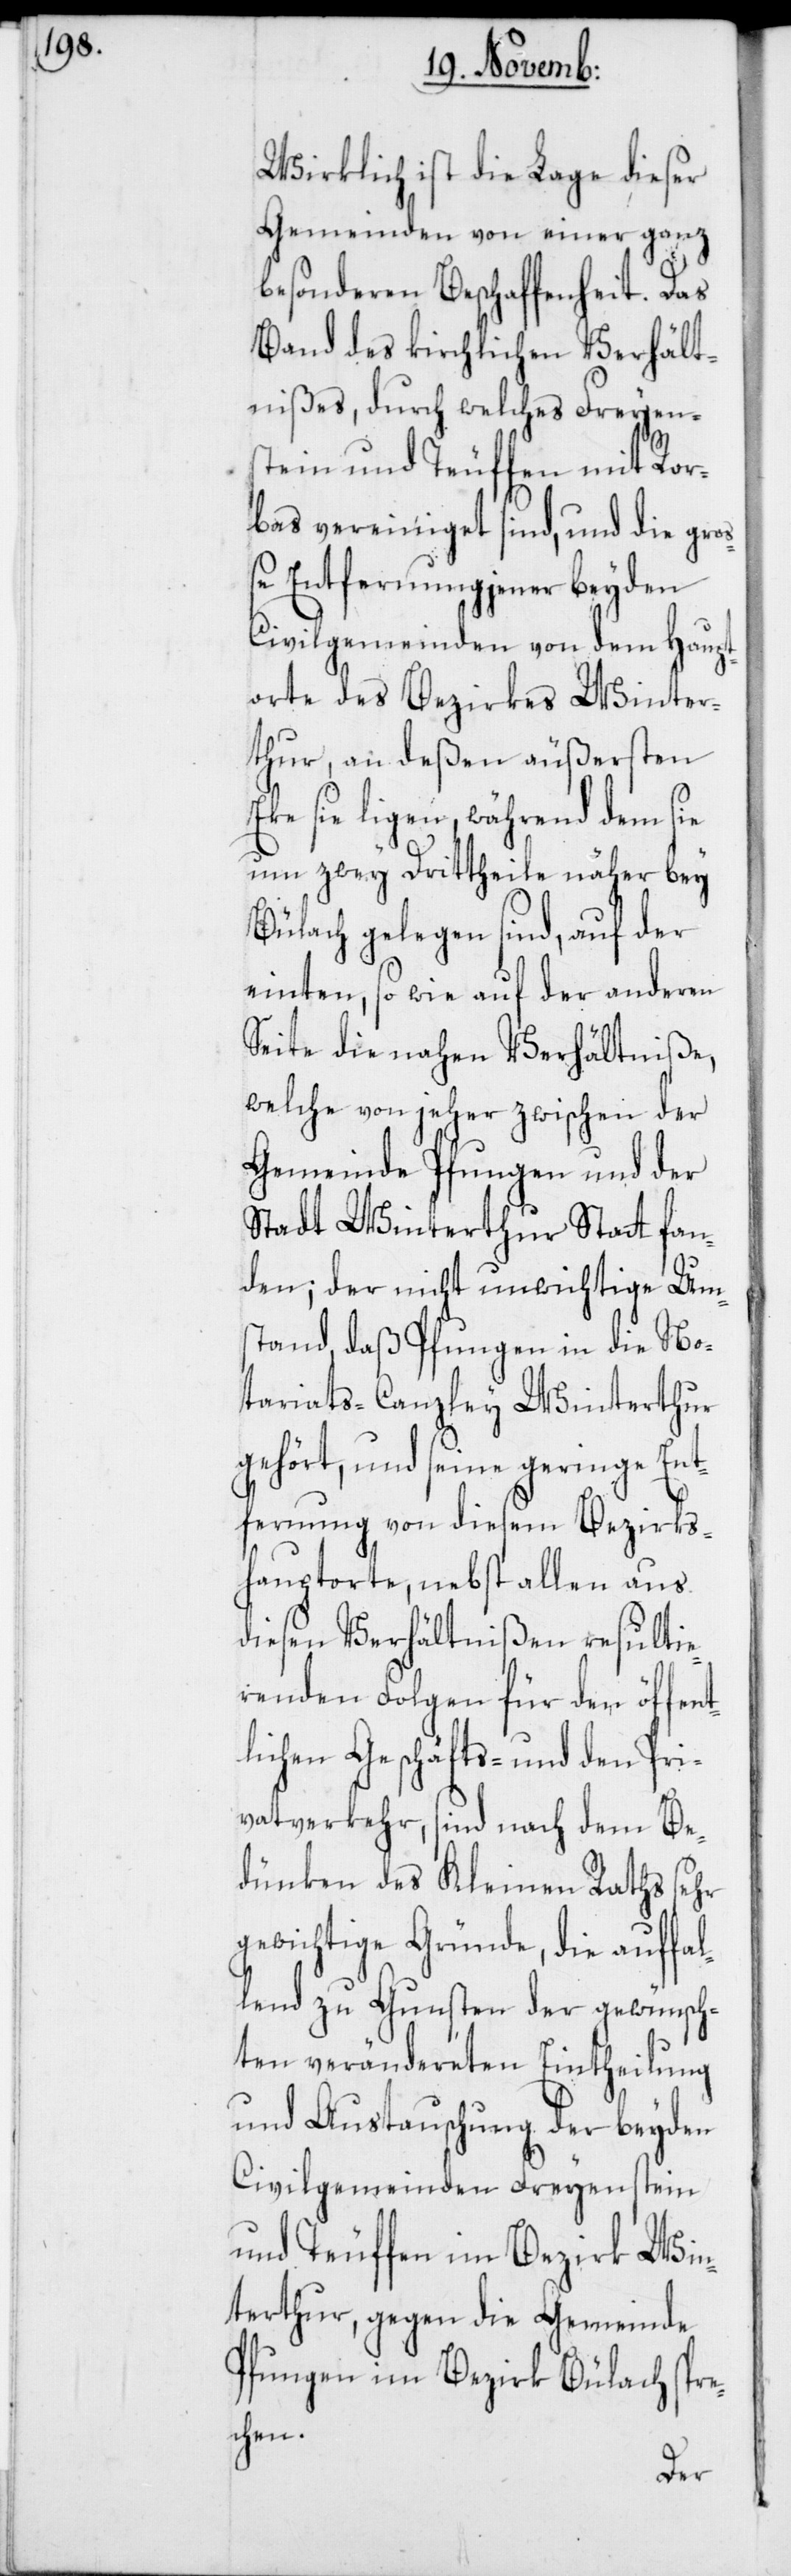
Wirklich ist die Lage dieser
Gemeinden von einer ganz
besonderen Beschaffenheit. Das
Band des kirchlichen Verhält¬
nißes, durch welches Freyens¬
tein und Teuffen mit Ror¬
bas vereiniget sind, und die gro¬
ße Entfernung jener beyden
Civilgemeinden von dem Haupt¬
orte des Bezirks Winter¬
thur, an deßen äußersten
Eke sie ligen, während dem sie
um zwey Drittheile näher bey
Bülach gelegen sind, auf der
einten, so wie auf der anderen
Seite die nahen Verhältniße,
welche von jeher zwischen der
Gemeinde Pfungen und der
Stadt Winterthur Statt fan¬
den; der nicht unwichtige Ums¬
tand, daß Pfungen in die No¬
tariats-Canzley Winterthur
gehört, und seine geringe Ent¬
fernung von diesem Bezirks¬
hauptorte, nebst allen aus
diesen Verhältnißen resultie¬
renden Folgen für den öffen¬
tlichen Geschäfts- und den Pri¬
vatverkehr, sind nach dem Be¬
dünken des Kleinen Raths sehr
gewichtige Gründe, die auffal¬
lend zu Gunsten der gewünsch¬
ten verändereten Eintheilung
und Austauschung der beyden
Civilgemeinden Freyenstein
und Teuffen im Bezirk Win¬
terthur, gegen die Gemeinde
Pfungen im Bezirk Bülach spre¬
chen.